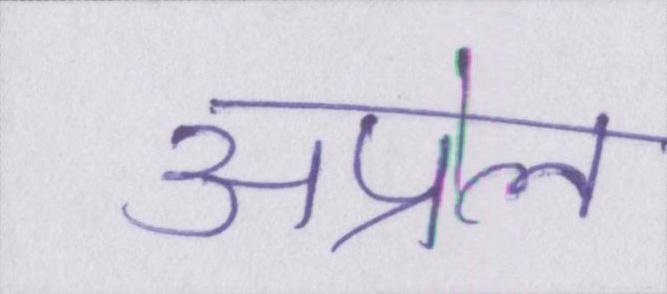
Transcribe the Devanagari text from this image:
अप्रेल